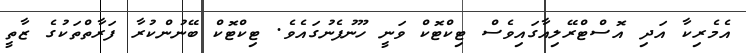
އެމެރިކާ އަދި އޮސްޓްރޭލިއާގައިވެސް ޓިކްޓޮކް ވަނީ ހޫނުފެނުގައެވެ. ޓިކްޓޮކް ބޭނުންކުރާ ފަރާތްތަކުގެ ޒާތީ